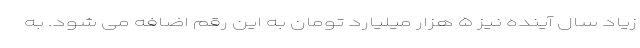
زیاد سال آینده نیز ۵ هزار میلیارد تومان به این رقم اضافه می شود. به